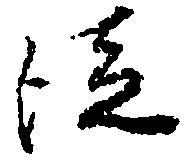
従